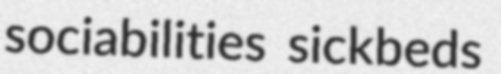
sociabilities sickbeds